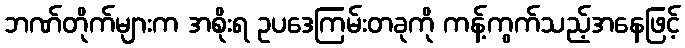
ဘဏ်တိုက်များက အစိုးရ ဥပဒေကြမ်းတခုကို ကန့်ကွက်သည့်အနေဖြင့်